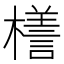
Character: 𣜆